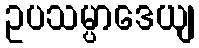
ဥပသမ္ပာဒေယျ